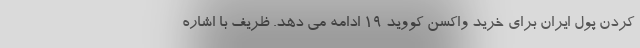
کردن پول ایران برای خرید واکسن کووید ١٩ ادامه می دهد. ظریف با اشاره